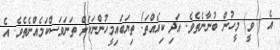
އެ ( ވީ) މީހުން ބުނާނެތެވެ. އަދި ކިއެއްތަ! ތިޔަބައިމީހުންނަކަށް ތަނަވަސްކަމެއްނެތެވެ. އެ